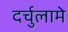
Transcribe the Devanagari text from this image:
दर्चुलामे